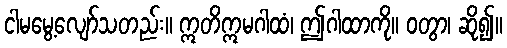
ငါမမွေ့လျော်သတည်း။ ဣတိဣမဂါထံ၊ ဤဂါထာကို။ ဝတွာ၊ ဆို၍။